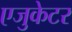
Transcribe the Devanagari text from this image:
एजुकेटर